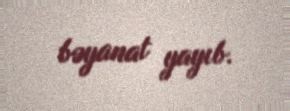
bəyanat yayıb.